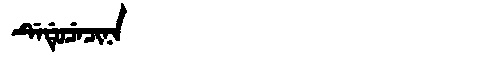
Manchu: ᡩᡝᡩᡠᠴᡝᠴᡳᠨᠠ
Romanization: DEDUCECINA